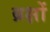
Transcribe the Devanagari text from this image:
ब्रक्षों